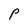
Character: P